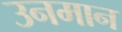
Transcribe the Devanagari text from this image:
उनमान